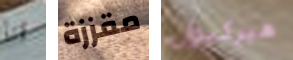
انا مقززة هيركيول